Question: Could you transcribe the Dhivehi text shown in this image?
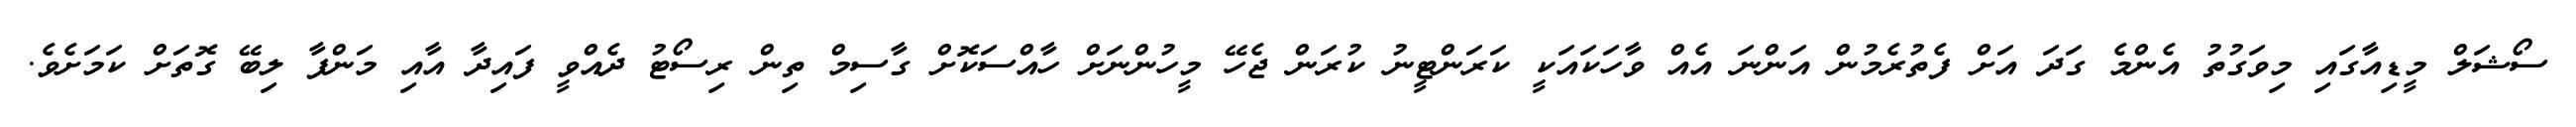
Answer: ސޯޝަލް މީޑިއާގައި މިވަގުތު އެންމެ ގަދަ އަށް ފެތުރެމުން އަންނަ އެއް ވާހަކައަކީ ކަރަންޓީނު ކުރަން ޖެހޭ މީހުންނަށް ހާއްސަކޮށް ގާސިމް ތިން ރިސޯޓު ދެއްވީ ފައިދާ އާއި މަންފާ ލިބޭ ގޮތަށް ކަމަށެވެ.